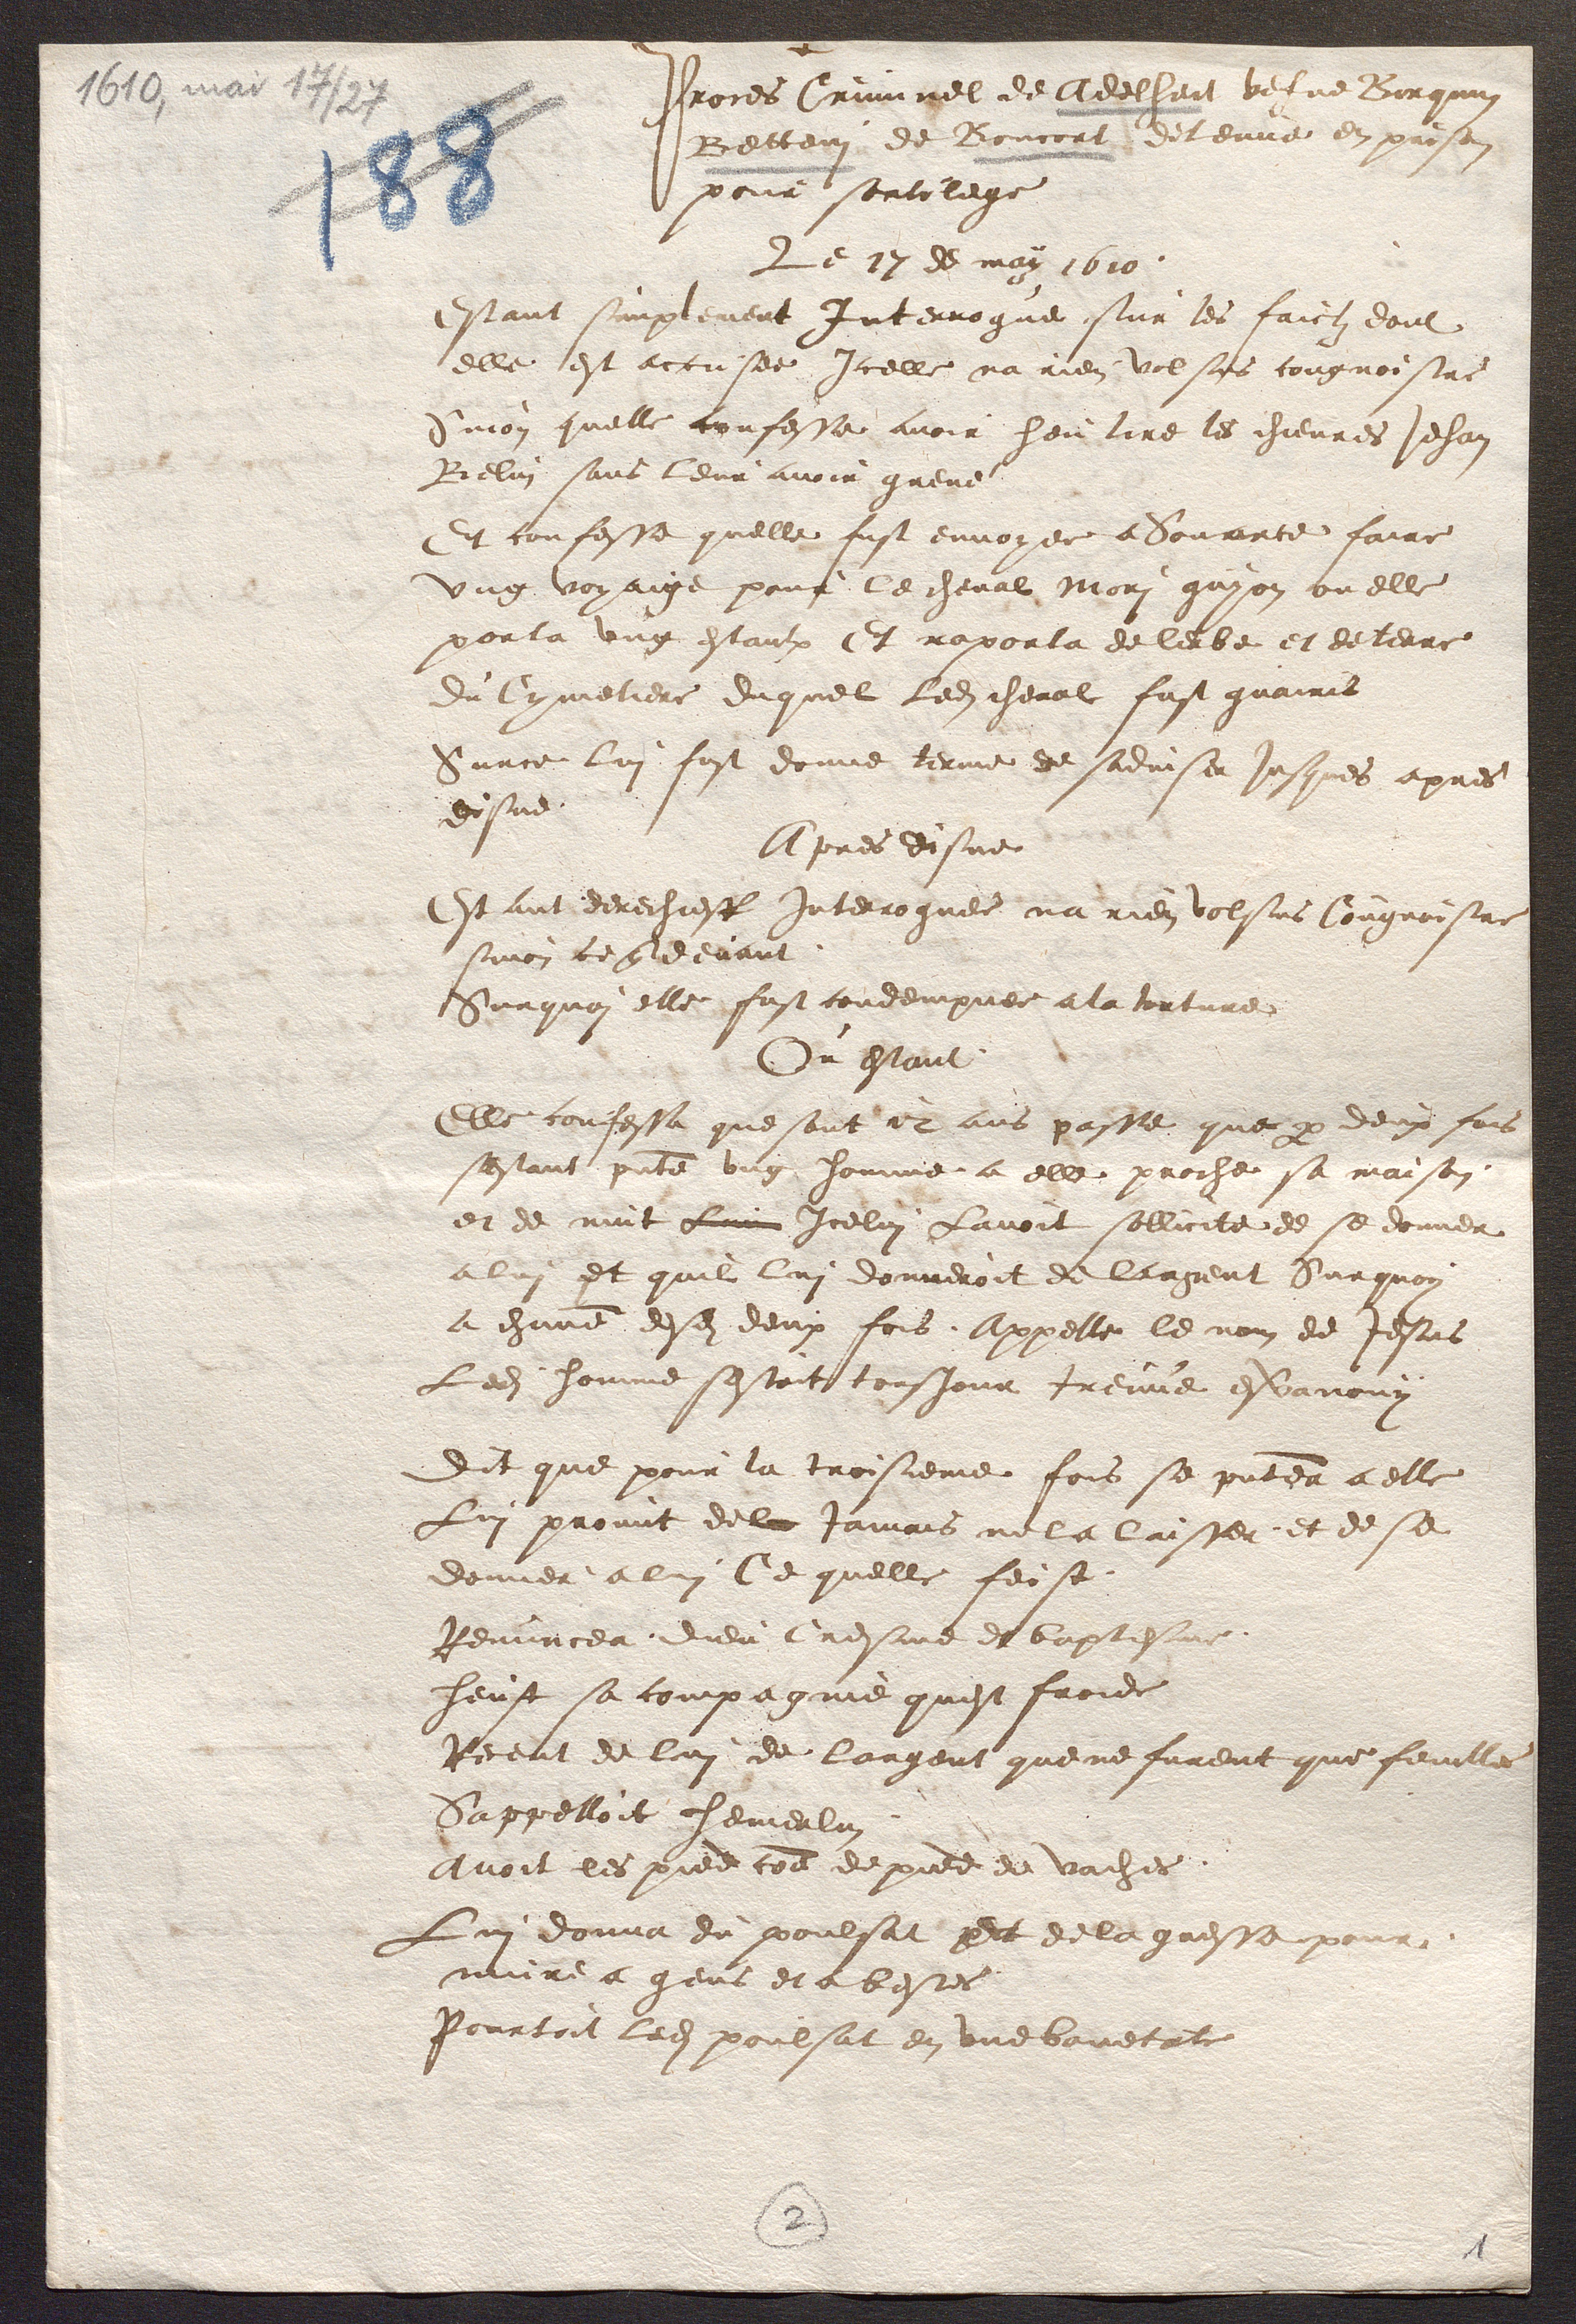
Proces Criminel de Adelheit vefve Borquin
Betteni de Boncort detenue en prison 
pour sortilege 
Le 17 de may 1610. 
Estant simplement Interrogue sur les faictz dont 
elle est accusee Icelle na rien volsus cougnoistre 
Sinon quelle confesse avoir heu tire les chievres Jehan 
Belin sans leur avoir greve 
Et confesse quelle fust envoyee a Souarce faire 
ung voyaige pour le cheval Mori guyon ou elle 
porta ung estaulx Et raporta de lerbe et de terre 
du Cymetiere duquel Ledit cheval fust guairis 
Surce lui fust donne terme de sadviser Jusques apres 
disne. 
Apres disne 
Estant derechieff interroguee na rien volsus Cougnoistre 
Sinon ce que devant. 
Surquoi elle fust condempnee a la torture 
Ou estant 
Elle confessa que sont 12 ans passe que par deux fois 
sestant presente ung homme a elle proche sa maison 
et de nuit Lui Icelui Lavoit sollicite de se donner 
a lui et quil lui donneroit de largent Surquoy 
a chacune desdites deux fois, Appelle le nom de Jesus 
Ledit homme sestoit tousjour treuve esvanouy 
dit que pour la troisieme fois se presentea a elle 
Lui promit de la jamais ne la laisser, et de se 
donner a lui Ce quelle feist. 
Renuncea dieu Cresme et baptesme, 
heust sa compagnie quest froide 
Receut de lui de largent que ne furent que feuilles 
Sappelloit hemerlin 
avoit les pied comme de pied de vaches. 
Lui donna du poulsat parEt de la graisse pour 
nuire a gens et a bestes 
Pourtoit ledit poulsat en une bouetate